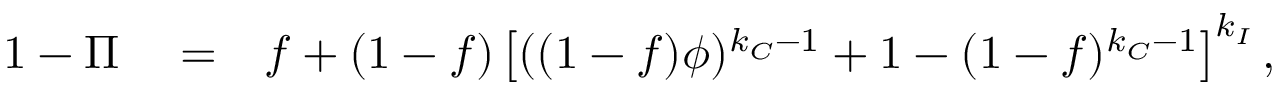
\begin{array} { r l r } { 1 - \Pi } & { { } = } & { f + ( 1 - f ) \left[ ( ( 1 - f ) \phi ) ^ { k _ { C } - 1 } + 1 - ( 1 - f ) ^ { k _ { C } - 1 } \right] ^ { k _ { I } } , } \end{array}